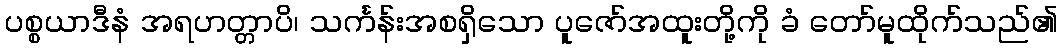
ပစ္စယာဒီနံ အရဟတ္တာပိ၊ သင်္ကန်းအစရှိသော ပူဇော်အထူးတို့ကို ခံ တော်မူထိုက်သည်၏